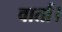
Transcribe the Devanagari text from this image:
वार्ता।